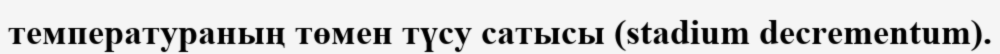
температураның төмен түсу сатысы (stadium decrementum).